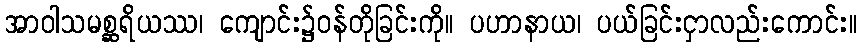
အာဝါသမစ္ဆရိယဿ၊ ကျောင်း၌ဝန်တိုခြင်းကို။ ပဟာနာယ၊ ပယ်ခြင်းငှာလည်းကောင်း။